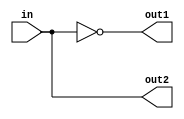


module decoder_1to2(
    input in,
    output out1,
    output out2
    );
    not (out1, in);
    and (out2, in, 1);
    
endmodule